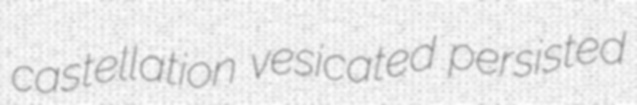
castellation vesicated persisted